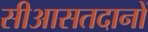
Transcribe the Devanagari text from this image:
सीआसतदानों